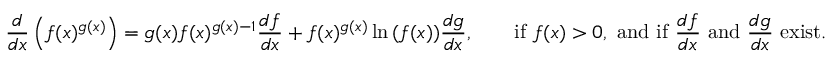
{ \frac { d } { d x } } \left( f ( x ) ^ { g ( x ) } \right) = g ( x ) f ( x ) ^ { g ( x ) - 1 } { \frac { d f } { d x } } + f ( x ) ^ { g ( x ) } \ln { ( f ( x ) ) } { \frac { d g } { d x } } , \qquad { \mathrm { i f ~ } } f ( x ) > 0 , { \mathrm { ~ a n d ~ i f ~ } } { \frac { d f } { d x } } { \mathrm { ~ a n d ~ } } { \frac { d g } { d x } } { \mathrm { ~ e x i s t . } }